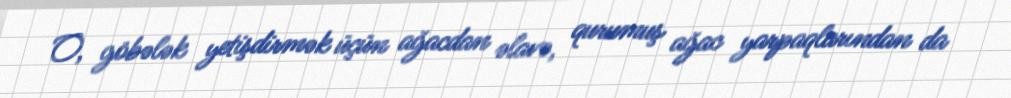
O, göbələk yetişdirmək üçün ağacdan əlavə, qurumuş ağac yarpaqlarından da